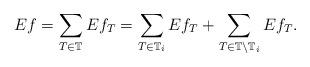
LaTeX: \begin{align*}Ef =\sum_{T \in \mathbb T} Ef_T = \sum_{T \in \mathbb T_i} Ef_T + \sum_{T \in \mathbb T \setminus \mathbb T_i} Ef_T.\end{align*}